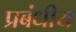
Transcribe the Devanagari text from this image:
प्रबंधीय